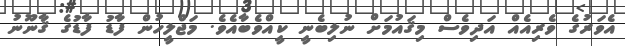
އެވަރުގެ ވެރިއެއް އަދިވެސް މިޤައުމަށް ނުލިބެނީ ކީއްވެބާއެވެ. މަޖްލީހުން ފާޑު ފާޑުގެ ޤާނޫނު